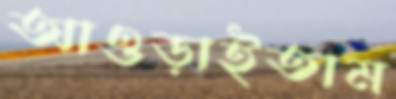
আওড়াইতাম